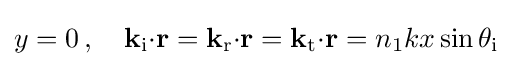
y=0\,,~~~\mathbf {k} _{\text{i}}\mathbf {\cdot r} =\mathbf {k} _{\text{r}}\mathbf {\cdot r} =\mathbf {k} _{\text{t}}\mathbf {\cdot r} =n_{1}kx\sin \theta _{\text{i}}